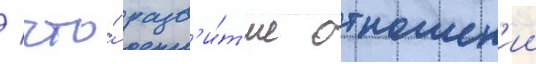
/ что́ разв'и́т'ие отношен'ии